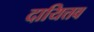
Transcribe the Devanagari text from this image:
दायित्तव